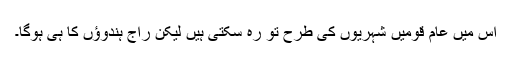
اس میں عام قومیں شہریوں کی طرح تو رہ سکتی ہیں لیکن راج ہندوؤں کا ہی ہوگا۔